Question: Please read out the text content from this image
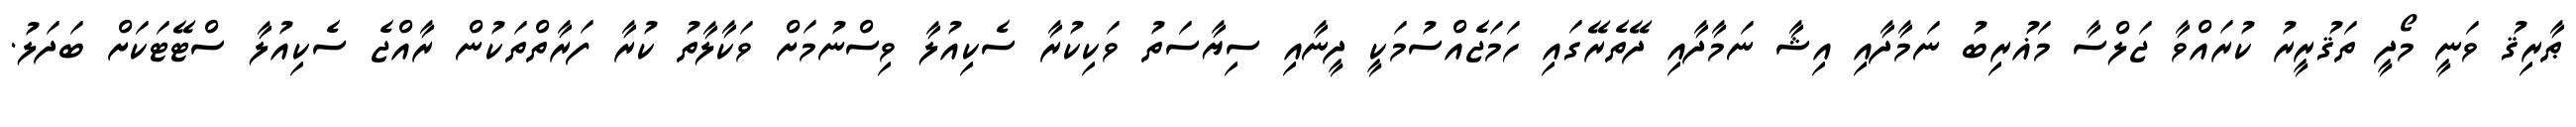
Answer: ޠާރިޤު ވަނީ މޯދީ ތަޤުރީރު ކުރައްވާ ޖަލްސާ މަޣުރިބު ނަމާދާއި އިޝާ ނަމާދާއި ދޭތެރޭގައި ހަމަޖެއްސުމަކީ ދީނާއި ސިޔާސަތު ވަކިކުރާ ސެކިއުލާ ވިސްނުމަށް ވަކާލާތު ކުރާ ފަރާތްތަކުން ރާއްޖެ ސެކިއުލާ ސްޓޭޓަކަށް ބަދަލު.